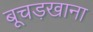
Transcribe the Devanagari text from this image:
बूचड़खाना